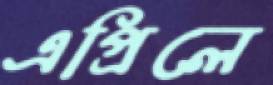
এপ্রিলে